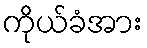
ကိုယ်ခံအား